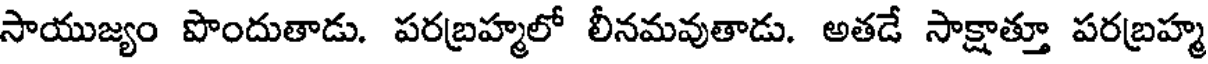
సాయుజ్యం పొందుతాడు. పరబ్రహ్మలో లీనమవుతాడు. అతడే సాక్షాత్తూ పరబ్రహ్మ